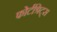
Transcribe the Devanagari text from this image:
फोर्टश्रिट्स